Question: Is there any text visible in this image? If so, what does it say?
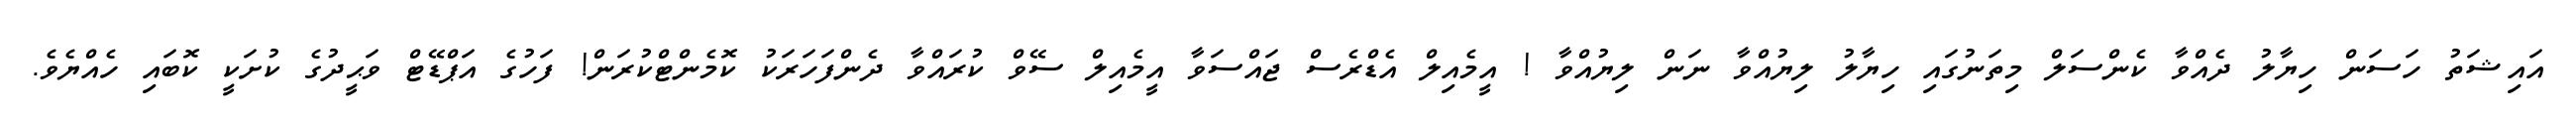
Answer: އައިޝަތު ހަސަން ހިޔާލު ދެއްވާ ކެންސަލް މިތަނުގައި ހިޔާލު ލިޔުއްވާ ނަން ލިޔުއްވާ ! އީމެއިލް އެޑްރެސް ޖައްސަވާ އީމެއިލް ސޭވް ކުރައްވާ ދެންފަހަރަކު ކޮމެންޓްކުރަން! ފަހުގެ އަޕްޑޭޓް ވަޙީދުގެ ކުށަކީ ކޮބައި ހެއްޔެވެ.